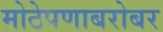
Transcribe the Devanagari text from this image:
मोठेपणाबरोबर